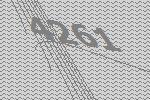
4261